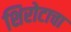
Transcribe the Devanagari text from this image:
शिरोटाचा